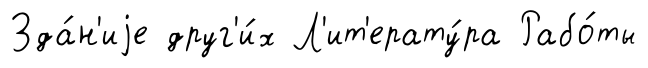
Зда́н'иjе друг'и́х Л'ит'ерату́ра Рабо́ты